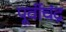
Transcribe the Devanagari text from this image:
पूर्वीचंद्र